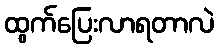
ထွက်ပြေးလာရတာလဲ